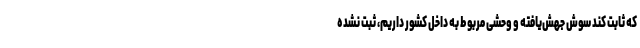
که ثابت کند سوش جهش‌یافته و وحشی مربوط به داخل کشور داریم، ثبت نشده